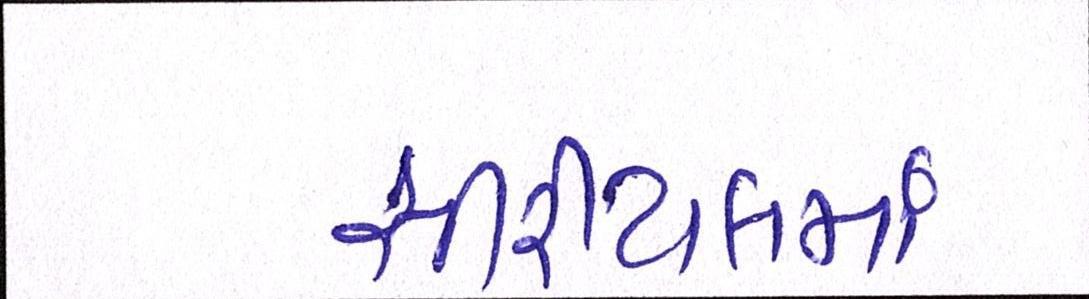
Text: સીરીયલમાં